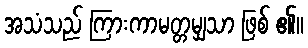
အသံသည် ကြားကာမတ္တမျှသာ ဖြစ် ၏။